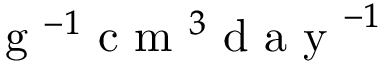
\mathrm { ~ g ~ } ^ { - 1 } \mathrm { ~ c ~ m ~ } ^ { 3 } \mathrm { ~ d ~ a ~ y ~ } ^ { - 1 }